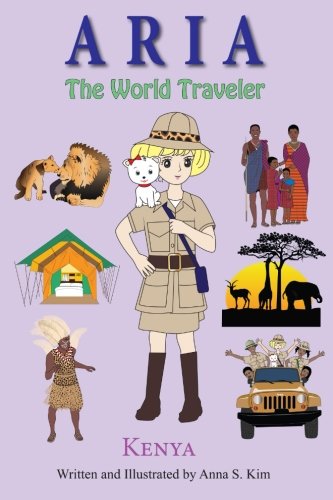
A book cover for Aria the World Traveler:  Kenya: Fun and educational children's picture book for age 4-10 years old (Volume 4); Anna Kim; Travel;